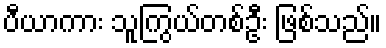
ပီယာကား သူကြွယ်တစ်ဦး ဖြစ်သည်။